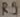
Text: R9